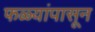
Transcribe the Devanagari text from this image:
फळ्यांपासून